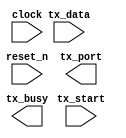
module ir_transmitter(
  input wire [31:0] tx_data,
  input wire tx_start,
  input wire clock,
  input wire reset_n,
  output reg tx_port,
  output reg tx_busy
);
endmodule

module ir_receiver(
  input wire clock,
  input wire reset_n,
  input wire rx_enable,
  input wire rx_port,
  output reg rx_receiver,
  output reg [31:0] rx_data
);
endmodule

module ir_transceiver(
  input wire [31:0] tx_data,
  input wire tx_start,
  input wire clock,
  input wire reset_n,
  input wire rx_enable,
  input wire rx_port,
  output wire rx_receiver,
  output wire [31:0] rx_data,
  output wire tx_port,
  output wire tx_busy
);
  ir_transmitter inst1(
    .clock(clock),
    .tx_data(tx_data),
    .tx_start(tx_start),
    .reset_n(reset_n),
    .tx_port(tx_port),
    .tx_busy(tx_busy)
  );
  ir_receiver inst2(
    .clock(clock),
    .reset_n(reset_n),
    .rx_enable(rx_enable),
    .rx_port(rx_port),
    .rx_receiver(rx_receiver),
    .rx_data(rx_data)
  );
endmodule